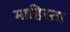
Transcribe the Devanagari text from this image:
माहिस्ता